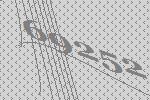
69252